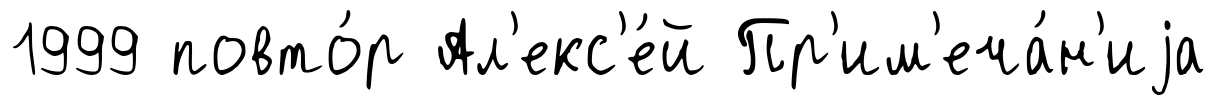
1999 повто́р Ал'екс'е́й Пр'им'еча́н'иjа